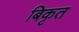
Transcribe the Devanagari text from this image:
बिकृत